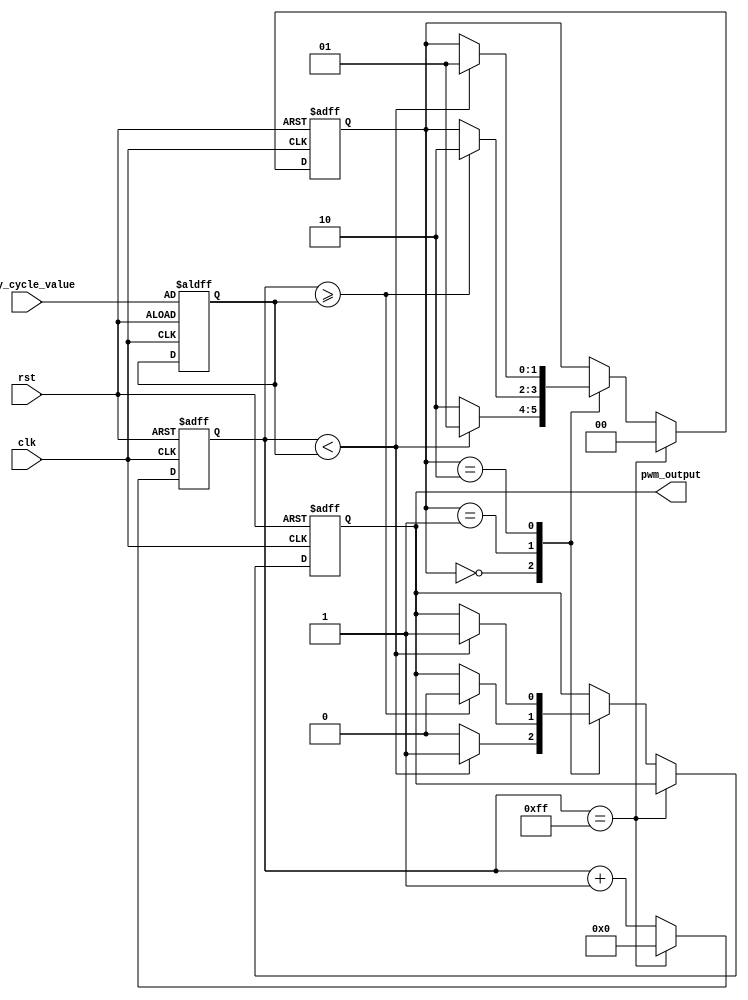
module pwm_timer (
    input wire clk,
    input wire rst,
    input wire [7:0] duty_cycle_value,
    output reg pwm_output
);

// Define PWM states
parameter IDLE = 0;
parameter HIGH = 1;
parameter LOW = 2;

// Define PWM parameters
parameter PWM_PERIOD = 255;

// Define PWM signals
reg [7:0] counter;
reg [7:0] duty_cycle;
reg [1:0] pwm_state;

always @(posedge clk or posedge rst) begin
    if (rst) begin
        counter <= 8'b0;
        duty_cycle <= duty_cycle_value;
        pwm_state <= IDLE;
        pwm_output <= 1'b0;
    end else begin
        counter <= counter + 1;

        if (counter == PWM_PERIOD) begin
            counter <= 8'b0;
            pwm_state <= IDLE;
        end else begin
            case (pwm_state)
                IDLE: begin
                    if (counter < duty_cycle) begin
                        pwm_output <= 1'b1;
                        pwm_state <= HIGH;
                    end else begin
                        pwm_output <= 1'b0;
                        pwm_state <= LOW;
                    end
                end
                HIGH: begin
                    if (counter >= duty_cycle) begin
                        pwm_output <= 1'b0;
                        pwm_state <= LOW;
                    end
                end
                LOW: begin
                    if (counter < duty_cycle) begin
                        pwm_output <= 1'b1;
                        pwm_state <= HIGH;
                    end
                end
            endcase
        end
    end
end

endmodule